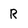
Character: R